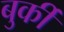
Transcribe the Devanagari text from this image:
बुर्की